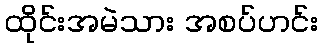
ထိုင်းအမဲသား အစပ်ဟင်း